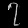
Digit: ၇